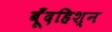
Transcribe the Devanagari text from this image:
बूँदहिश्न